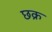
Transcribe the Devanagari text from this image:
छक्र